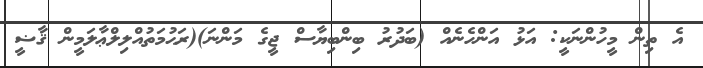
އެ ތިން މީހުންނަކީ: އަޅު އަންހެނެއް (ބަދުރު ބިންބިޔާސް ޖީގެ މަންނަ)(ރަޙުމަތުއްލިލްޢާލަމީން ޤާޟީ